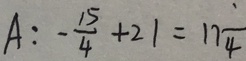
A = - \frac { 1 5 } { 4 } + 2 1 = 1 7 \frac { 1 } { 4 }